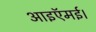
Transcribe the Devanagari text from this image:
आइऍमई।